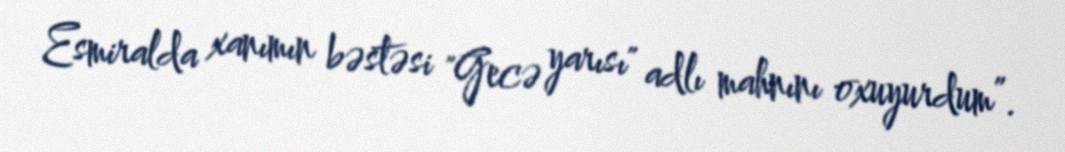
Esmiralda xanımın bəstəsi "Gecə yarısı" adlı mahnını oxuyurdum”.